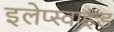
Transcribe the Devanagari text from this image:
इलेप्स्वाइड